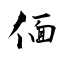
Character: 偭